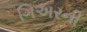
ગિઅરની